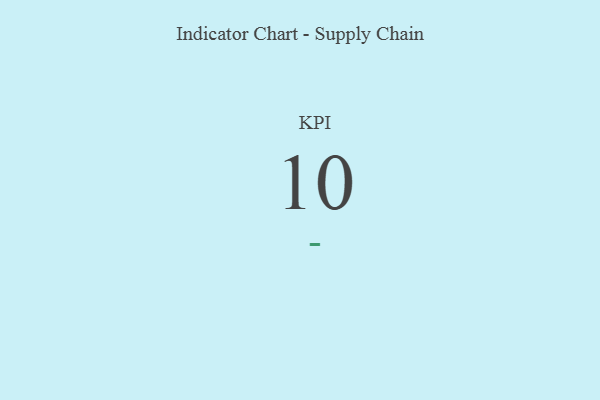
{"axis": {"x": "KPI", "y": "Value"}, "legend": [""], "data": [{"x": "KPI", "y": 10, "type": ""}]}